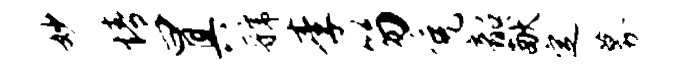
妙情曰具虢李笏免韶献定募